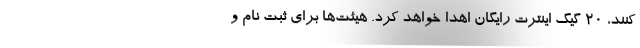
کنند، ۲۰ گیگ اینترت رایگان اهدا خواهد کرد. هیئت‌ها برای ثبت نام و